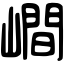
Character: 𡼏